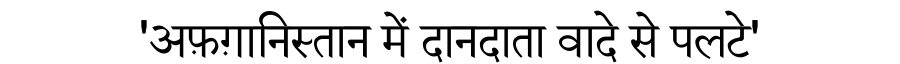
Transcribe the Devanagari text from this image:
'अफ़ग़ानिस्तान में दानदाता वादे से पलटे'